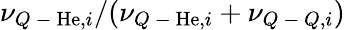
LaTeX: \nu_{Q\mathrm{~-~}\mathrm{He},i}/(\nu_{Q\mathrm{~-~}\mathrm{He},i}+\nu_{Q\mathrm{~-~}Q,i})